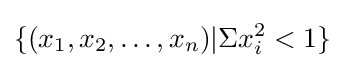
\{(x_{1},x_{2},\dots ,x_{n})\vert \Sigma x_{i}^{2}<1\}